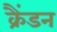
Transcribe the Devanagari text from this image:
क्रैंडन